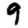
Digit: 9